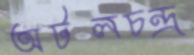
অটলচন্দ্র